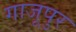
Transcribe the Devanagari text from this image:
गाजूपुर